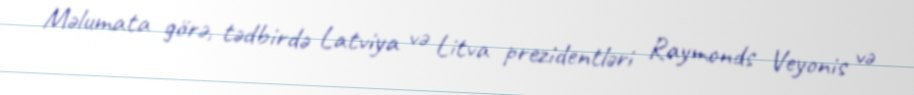
Məlumata görə, tədbirdə Latviya və Litva prezidentləri Raymonds Veyonis və